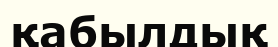
қабылдық